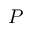
P